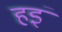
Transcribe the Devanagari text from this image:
हइं